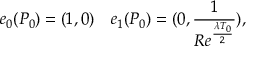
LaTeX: e _ { 0 } ( P _ { 0 } ) = ( 1 , 0 ) \ \ \ e _ { 1 } ( P _ { 0 } ) = ( 0 , \frac { 1 } { R e ^ { \frac { \lambda T _ { 0 } } { 2 } } } ) ,